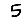
Digit: 5